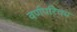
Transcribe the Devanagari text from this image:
वर्णपरिचय